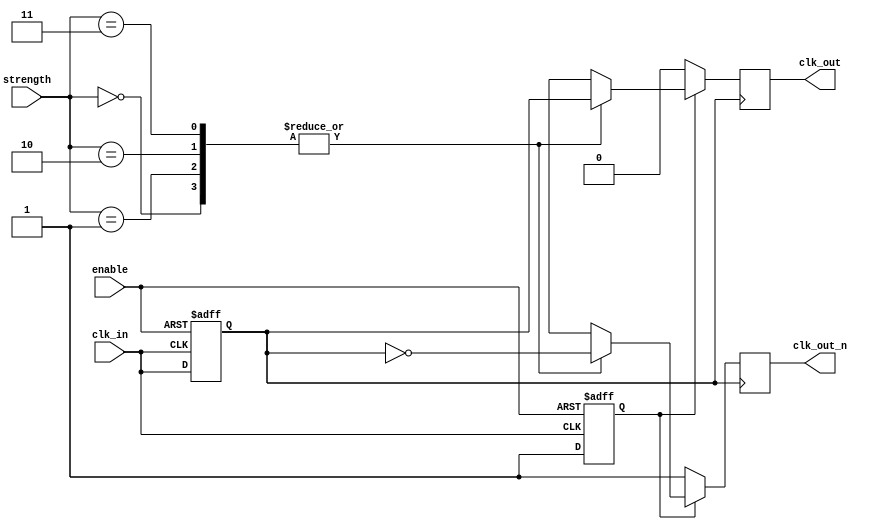
module LowPowerClockBuffer (
    input wire clk_in,          // Input clock signal
    input wire enable,          // Enable signal to turn on/off the buffer
    input wire [1:0] strength,  // Programmable output strength (00: low, 01: medium, 10: high, 11: maximum)
    output reg clk_out,         // Single-ended output clock
    output reg clk_out_n        // Differential output clock (inverted)
);

    // Internal signals
    reg clk_int;                // Intermediate clock signal
    reg is_enabled;             // Buffer enabled state

    // Input Conditioning Stage
    always @(posedge clk_in or negedge enable) begin
        if (!enable) begin
            clk_int <= 1'b0;    // Reset internal clock when disabled
            is_enabled <= 1'b0; // Update enable state
        end else begin
            clk_int <= clk_in;  // Pass the input clock if enabled
            is_enabled <= 1'b1;  // Update enable state
        end
    end

    // Buffer Stage (simple behavior for demonstration)
    always @(posedge clk_int) begin
        if (is_enabled) begin
            // Based on the output strength, drive the clock at different levels
            case (strength)
                2'b00: begin
                    // Low strength: Slow rise and fall (simulated with a delay)
                    clk_out <= #1 clk_int;
                    clk_out_n <= #1 ~clk_int;
                end
                2'b01: begin
                    // Medium strength: Moderate rise and fall
                    clk_out <= #2 clk_int;
                    clk_out_n <= #2 ~clk_int;
                end
                2'b10: begin
                    // High strength: Fast rise and fall
                    clk_out <= #1 clk_int;
                    clk_out_n <= #1 ~clk_int;
                end
                2'b11: begin
                    // Maximum strength: Immediate change
                    clk_out <= clk_int;
                    clk_out_n <= ~clk_int;
                end
                default: begin
                    clk_out <= clk_int;
                    clk_out_n <= ~clk_int;
                end
            endcase
        end else begin
            // If disabled, keep outputs low
            clk_out <= 1'b0;
            clk_out_n <= 1'b1;
        end
    end

endmodule